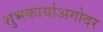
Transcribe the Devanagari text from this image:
शुभकार्याअगोदर